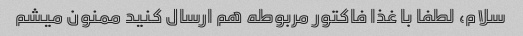
سلام، لطفا با غذا فاکتور مربوطه هم ارسال کنید ممنون میشم